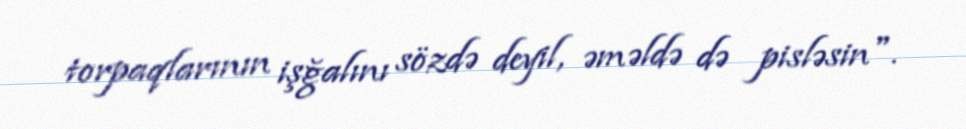
torpaqlarının işğalını sözdə deyil, əməldə də pisləsin".